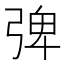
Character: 𭚽